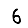
Digit: 6